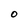
Character: O